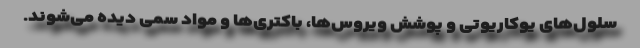
سلول‌های یوکاریوتی و پوشش ویروس‌ها، باکتری‌ها و مواد سمی دیده می‌شوند.